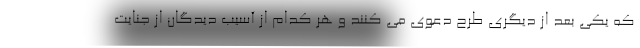
که یکی بعد از دیگری طرح دعوی می کنند و هر کدام از آسیب دیدگان از جنایت